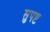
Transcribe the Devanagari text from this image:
सुपष्ट